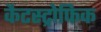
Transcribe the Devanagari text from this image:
कैटस्ट्रोफिक